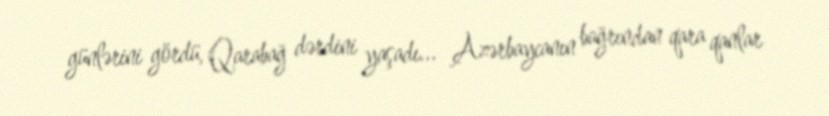
günlərini gördü, Qarabağ dərdini yaşadı... Azərbaycanın bağrından qara qanlar